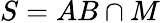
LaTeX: S=AB\cap M